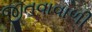
જીતવાવાળી